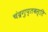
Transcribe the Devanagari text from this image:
चंद्रगुप्तबस्ति